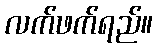
လက်ဖက်ရည်။